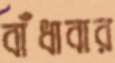
বাঁধাবার